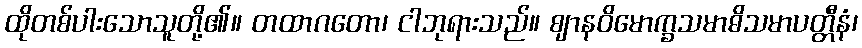
ထိုတစ်ပါးသောသူတို့၏။ တထာဂတော၊ ငါဘုရားသည်။ ဈာနဝိမောက္ခသမာဓိသမာပတ္တီနံ၊